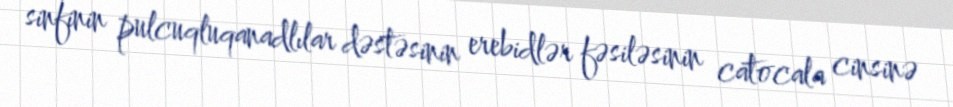
sinfinin pulcuqluqanadlılar dəstəsinin erebidlər fəsiləsinin catocala cinsinə